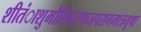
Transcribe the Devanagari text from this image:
शीतंाशुभौलिचरणब्जपरागमात्रभूषा